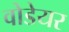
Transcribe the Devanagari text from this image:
वोडेयर